Calcutta medical institutions reports 1879-81 [i.e.91]
Year: 1879
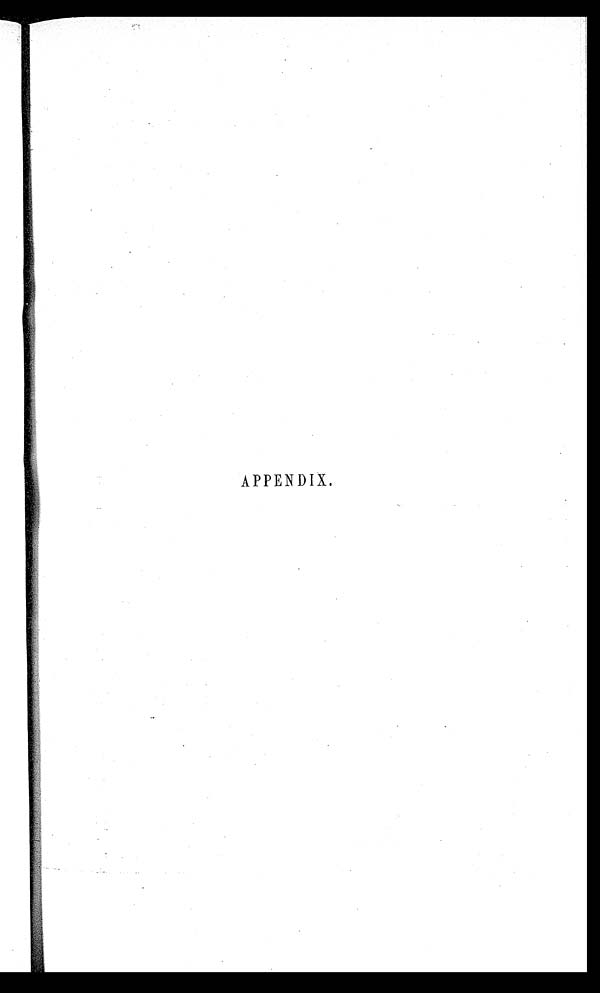
APPENDIX.